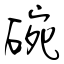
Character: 碗